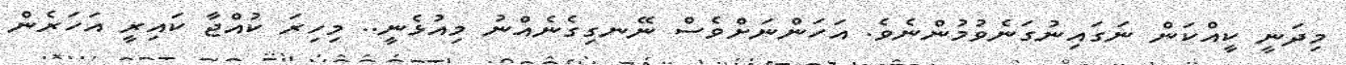
މިދަނީ ކީއްކަން ނަގައިނުގަނެވުމުންނެވެ. އަހަންނަށްވެސް ނޭނގިގެނެއްނު މިއުޅެނީ.. މިހިރަ ކުއްޖާ ކައިރީ އަހަރެން